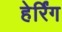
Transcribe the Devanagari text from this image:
हेर्रिंग